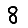
Digit: 8